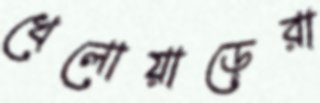
খেলোয়াড়েরা